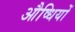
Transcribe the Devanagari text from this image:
औष्धियों